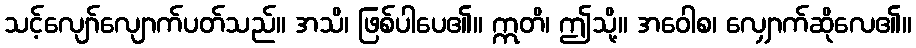
သင့်လျော်လျောက်ပတ်သည်။ အသိ၊ ဖြစ်ပါပေ၏။ ဣတိ၊ ဤသို့။ အဝေါစ၊ လျှောက်ဆိုလေ၏။